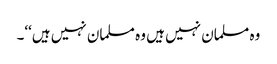
وہ مسلمان نہیں ہیں وہ مسلمان نہیں ہیں‘‘۔